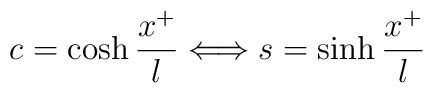
c=\cosh \frac{x^{+}}{l}\Longleftrightarrow s=\sinh \frac{x^{+}}{l}